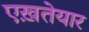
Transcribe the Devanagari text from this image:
एख़तेयार